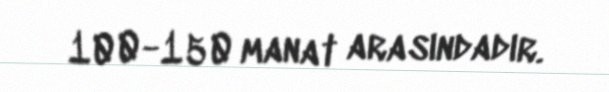
100-150 manat arasındadır.